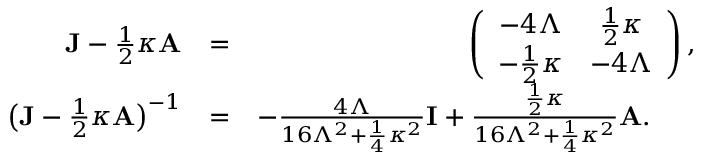
\begin{array} { r l r } { { \bf J } - \frac { 1 } { 2 } \kappa { \bf A } } & { = } & { \left( \begin{array} { c c } { - 4 \Lambda } & { \frac { 1 } { 2 } \kappa } \\ { - \frac { 1 } { 2 } \kappa } & { - 4 \Lambda } \end{array} \right) , } \\ { \big ( { \bf J } - \frac { 1 } { 2 } \kappa { \bf A } \big ) ^ { - 1 } } & { = } & { - \frac { 4 \Lambda } { 1 6 \Lambda ^ { 2 } + \frac { 1 } { 4 } \kappa ^ { 2 } } { \bf I } + \frac { \frac { 1 } { 2 } \kappa } { 1 6 \Lambda ^ { 2 } + \frac { 1 } { 4 } \kappa ^ { 2 } } { \bf A } . \ \ \ \ \ } \end{array}